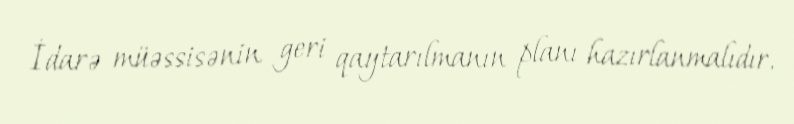
İdarə müəssisənin geri qaytarılmanın planı hazırlanmalıdır.